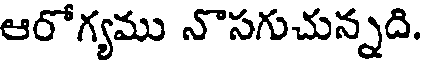
ఆరోగ్యము నొసగుచున్నది.